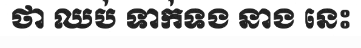
ថា ឈប់ ទាក់ទង នាង នេះ